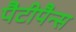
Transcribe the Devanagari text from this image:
पैटीपैन्स